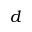
d